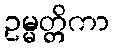
ဥမ္မတ္တိကာ